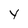
Character: y